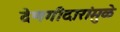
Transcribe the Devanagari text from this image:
देणगीदारांमुळे